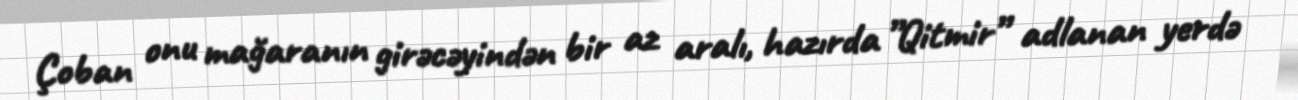
Çoban onu mağaranın girəcəyindən bir az aralı, hazırda ”Qitmir” adlanan yerdə